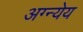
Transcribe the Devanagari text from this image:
अग्न्येय